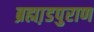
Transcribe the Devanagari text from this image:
ब्रह्मा़डपुराण